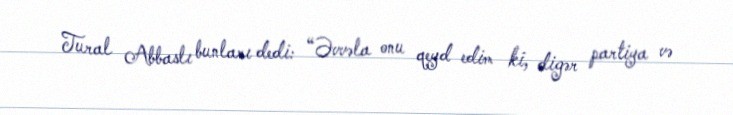
Tural Abbaslı bunları dedi: “Əvvəla onu qeyd edim ki, digər partiya və